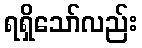
ရရှိသော်လည်း